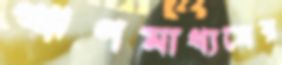
ঋণমাধ্যমের